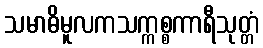
သမာဓိမူလကသက္ကစ္စကာရီသုတ္တံ